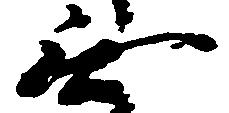
無